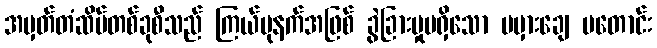
အမှတ်တံဆိပ်တစ်ခုစီသည် ကြယ်ပုနက်အဖြစ် ခွဲခြားမှုမရှိသော မမှားချေ မတောင်း